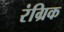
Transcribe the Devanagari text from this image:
रंग्रिक